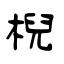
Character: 棿